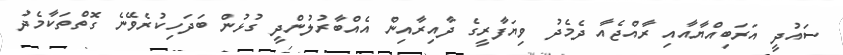
ސައުދީ އަރަބިއްޔާއާއި ރާއްޖެއާ ދެމެދު ވިޔަފާރީގެ ދާއިރާއިން އެއްބާރުލުންދީ ގުޅުން ބަދަހިކުރެވޭނެ ގޮތްތަކާމެދު